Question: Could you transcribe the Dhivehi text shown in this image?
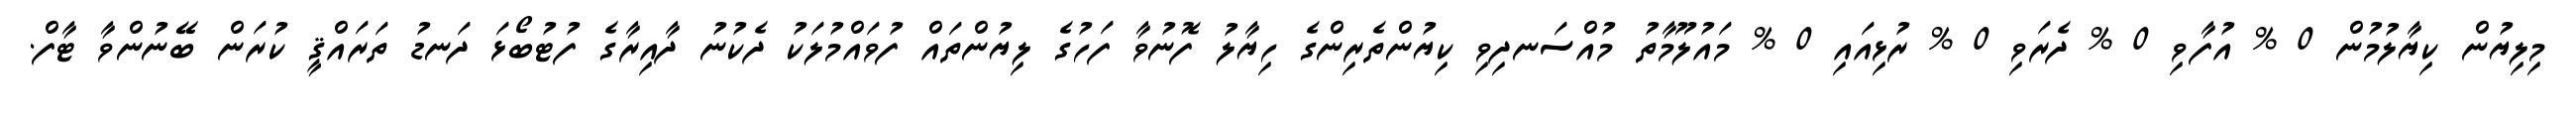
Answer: މިލިޔުން ކިޔާލުމުން 0 % އުފާވި 0 % ދެރަވި 0 % ރުޅިއައި 0 % މައުލޫމާތު މުއްސަނދިވި ކިޔުންތެރިންގެ ހިޔާލު ފޮނުވާ ފަހުގެ ލިޔުންތައް ފުވައްމުލަކު ދެކުނު ދާއިރާގެ ފުޓުބޯޅަ ދަނޑު ތަރައްޤީ ކުރަން ބޭނުންވާ ޓާފް.